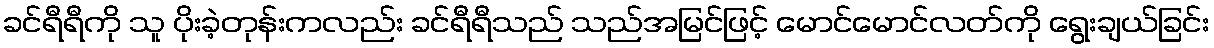
ခင်ရီရီကို သူ ပိုးခဲ့တုန်းကလည်း ခင်ရီရီသည် သည်အမြင်ဖြင့် မောင်မောင်လတ်ကို ရွေးချယ်ခြင်း